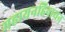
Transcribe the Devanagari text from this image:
महायनहिनायन